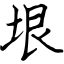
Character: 垠